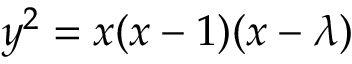
y ^ { 2 } = x ( x - 1 ) ( x - \lambda )